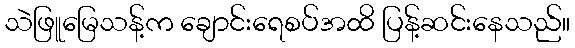
သဲဖြူမြေသန့်က ချောင်းရေစပ်အထိ ပြန့်ဆင်းနေသည်။